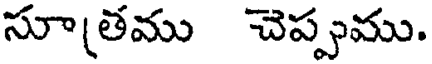
సూ[తము చెప్పము.